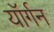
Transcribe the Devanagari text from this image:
यॉर्गन